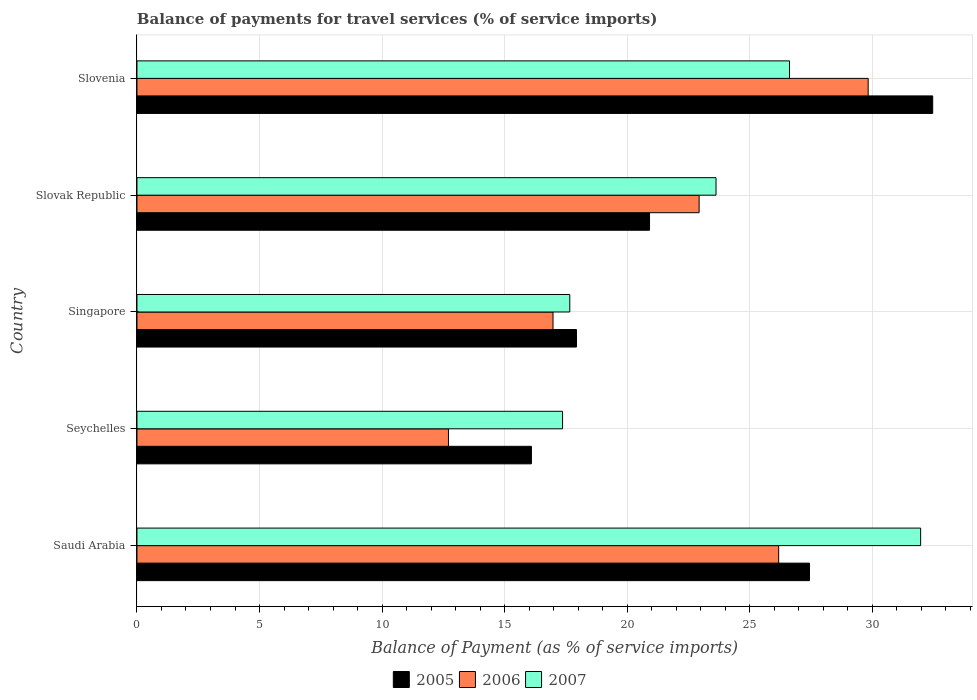
| Country | 2005 | 2006 | 2007 |
 | --- | --- | --- | --- |
 | Saudi Arabia | 27.4 | 26.2 | 32 |
 | Seychelles | 16.1 | 12.7 | 17.4 |
 | Singapore | 17.9 | 17 | 17.7 |
 | Slovak Republic | 20.9 | 22.9 | 23.6 |
 | Slovenia | 32.5 | 29.8 | 26.6 |